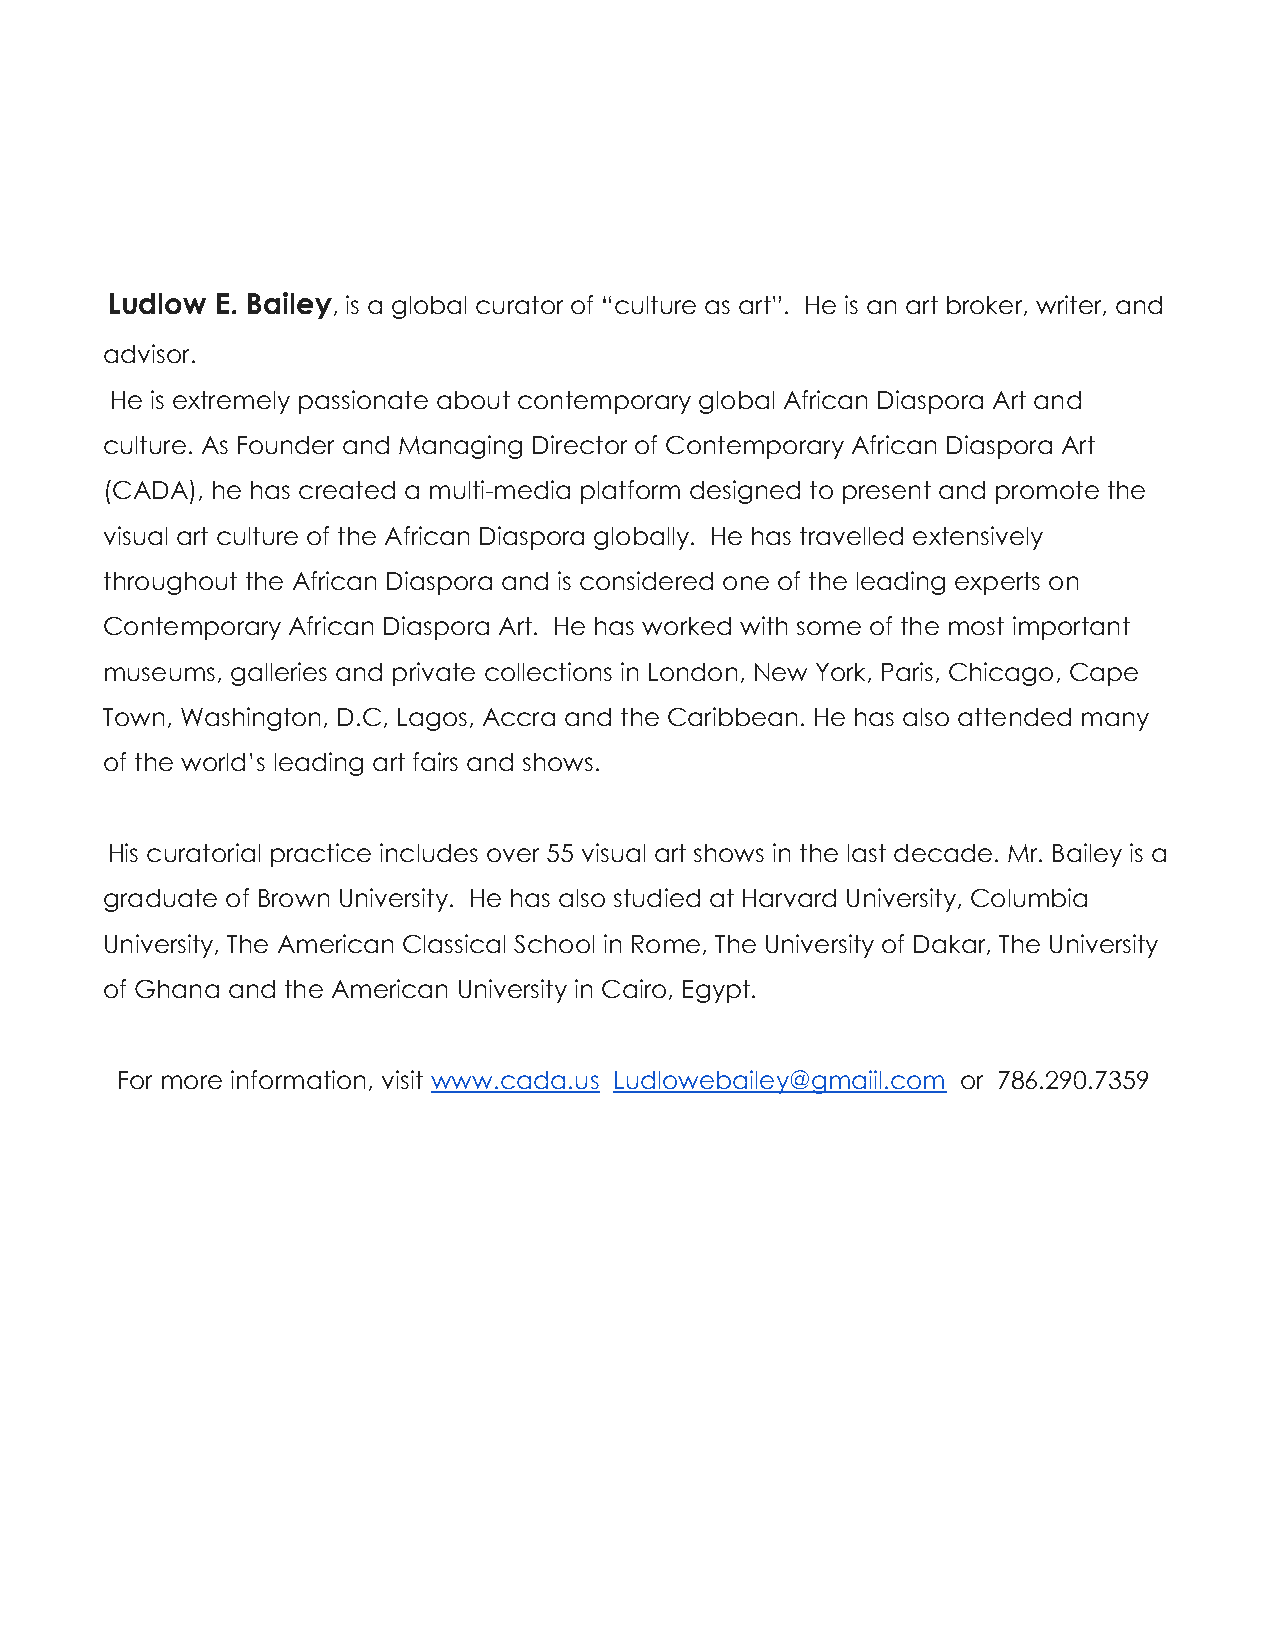
Ludlow E. Bailey , is a global curator of “culture as art”. He is an art broker, writer, and
 advisor.
 He is extremely passionate about contemporary global African Diaspora Art and
 culture. As Founder and Managing Director of Contemporary African Diaspora Art
 (CADA), he has created a multi-media platform designed to present and promote the
 visual art culture of the African Diaspora globally. He has travelled extensively
 throughout the African Diaspora and is considered one of the leading experts on
 Contemporary African Diaspora Art. He has worked with some of the most important
 museums, galleries and private collections in London, New York, Paris, Chicago, Cape
 Town, Washington, D.C, Lagos, Accra and the Caribbean. He has also attended many
 of the world’s leading art fairs and shows.
 His curatorial practice includes over 55 visual art shows in the last decade. Mr. Bailey is a
 graduate of Brown University. He has also studied at Harvard University, Columbia
 University, The American Classical School in Rome, The University of Dakar, The University
 of Ghana and the American University in Cairo, Egypt.
 For more information, visit www.cada.us Ludlowebailey@gmaiil.com or 786.290.7359